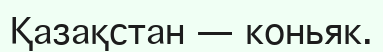
Қазақстан — коньяк.